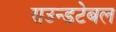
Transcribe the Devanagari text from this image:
राउन्डटेबल